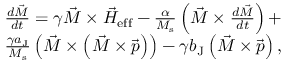
\begin{array} { r } { \frac { d \vec { M } } { d t } = \gamma \vec { M } \times \vec { H } _ { \mathrm { e f f } } - \frac { \alpha } { M _ { \mathrm { s } } } \left( \vec { M } \times \frac { d \vec { M } } { d t } \right) + } \\ { \frac { \gamma a _ { \mathrm { J } } } { M _ { \mathrm { s } } } \left( \vec { M } \times \left( \vec { M } \times \vec { p } \right) \right) - \gamma b _ { \mathrm { J } } \left( \vec { M } \times \vec { p } \right) , } \end{array}